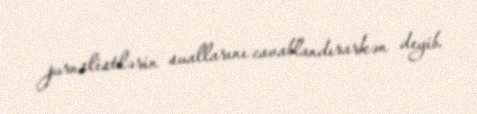
jurnalistlərin suallarını cavablandırarkən deyib.